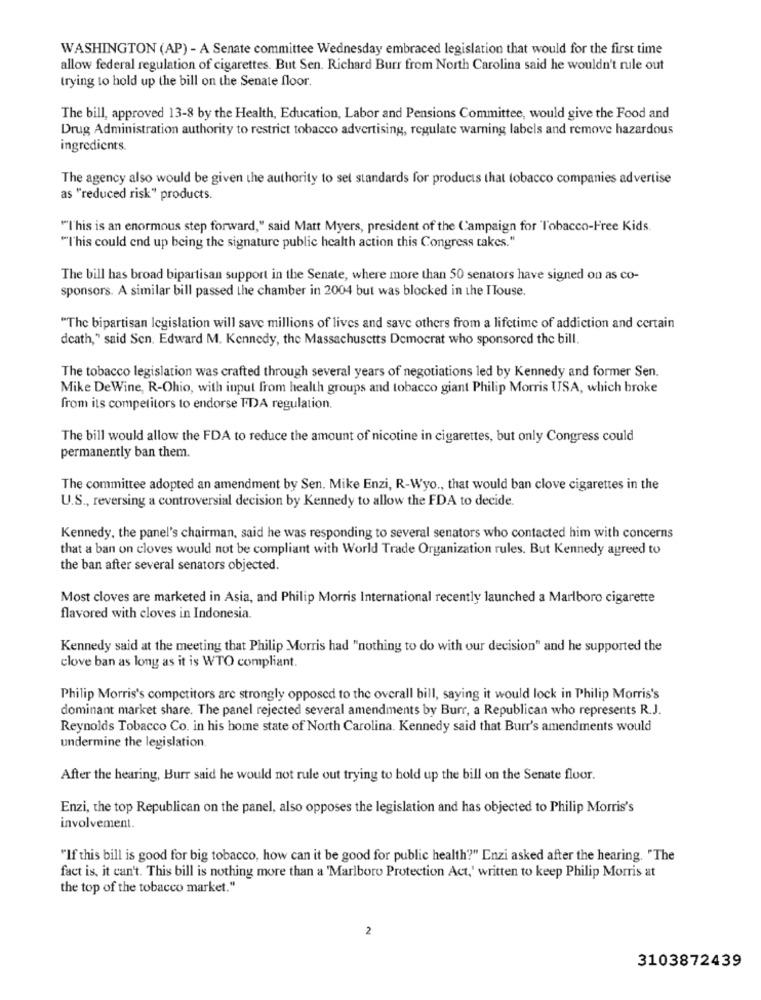
WASHINGTON (AP) - A Senate committee Wednesday embraced legislation that would for the first time
allow federal regulation of cigarettes. But Sen. Richard Burr from North Carolina said he wouldn't rule out
trying to hold up the bill on the Senate floor.
The bill, approved 13-8 by the Health, Education, Labor and Pensions Committee, would give the Food and
Drug Administration authority to restrict tobacco advertising, regulate warning labels and remove hazardous
ingredients
The agency also would be given the authority to sel standards for products that tobacco companies advertise
as "reduced risk" products.
"I'his is an enormous step forward," said Matt Myers, president of the Campaign for Tobacco-Free Kids.
"l'his could end up being the signature public health action this Congress takes."
The bill has broad bipartisan support in the Senate, where more than 50 senators have signed on as co-
sponsors. A similar bill passed the chamber in 2004 but was blocked in the ITouse.
"The bipartisan legislation will save millions of lives and save others from a lifetime of addiction and certain
death," said Sen. Edward M. Kennedy, the Massachusetts Democrat who sponsored the bill.
The tobacco legislation was crafted through several years of negotiations led by Kennedy and former Sen.
Mike DeWine, R-Ohio, with input from health groups and tobacco giant Philip Morris USA, which broke
from its competitors to endorse FDA regulation.
The bill would allow the FDA to reduce the amount of nicotine in cigarettes, but only Congress could
permanently ban them.
The committee adopted an amendment by Sen. Mike Enzi, R-Wyo ., that would ban clove cigarettes in the
U.S ., reversing a controversial decision by Kennedy to allow the FDA to decide.
Kennedy, the panel's chairman, said he was responding to several senators who contacted him with concerns
that a ban on cloves would not be compliant with World Trade Organization rules. But Kennedy agreed to
the ban after several senators objected.
Most cloves are marketed in Asia, and Philip Morris International recently launched a Marlboro cigarette
flavored with cloves in Indonesia
Kennedy said at the meeting that Philip Morris had "nothing to do with our decision" and he supported the
clove ban as long as it is WTO compliant.
Philip Morris's competitors are strongly opposed to the overall bill, saying it would lock in Philip Morris's
dominant market share. The panel rejected several amendments by Burr, a Republican who represents R.J.
Reynolds Tobacco Co. in his home state of North Carolina. Kennedy said that Burr's amendments would
undermine the legislation.
After the hearing, Burr said he would not rule out trying to hold up the bill on the Senate floor.
Enzi, the top Republican on the panel, also opposes the legislation and has objected to Philip Morris's
involvement.
"If this bill is good for big tobacco, how can it be good for public health?" Enzi asked after the hearing. "The
fact is, it can't. This bill is nothing more than a 'Marlboro Protection Act,' written to keep Philip Morris at
the top of the tobacco market."
2
3103872439